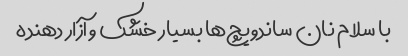
با سلام نان ساندویچ‌ها بسیار خشک و آزار دهنده